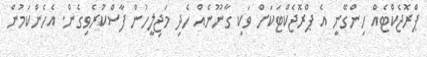
ޕްރޮޖެކްޓެއް ހިންގޭނީ އެ ޕްރޮޖެކްޓަކަށް ވަކި ގާނޫނެއް ހެދި މަޖިލީހުން ފާސްކުރެވިގެން. އެހެންކަމުން